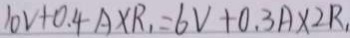
1 0 V + 0 . 4 A \times R _ { 1 } = 6 V + 0 . 3 A \times 2 R _ { 1 }